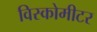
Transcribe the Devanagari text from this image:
विस्कोमीटर